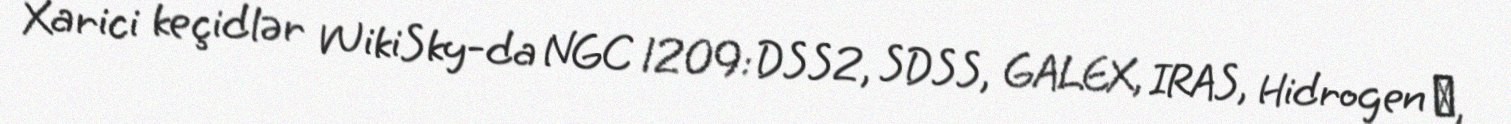
Xarici keçidlər WikiSky-da NGC 1209: DSS2, SDSS, GALEX, IRAS, Hidrogen α,